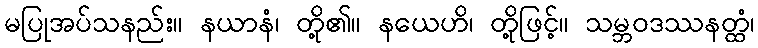
မပြုအပ်သနည်း။ နယာနံ၊ တို့၏။ နယေဟိ၊ တို့ဖြင့်။ သမ္ဘဝဒဿနတ္ထံ၊